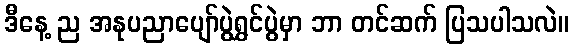
ဒီနေ့ ည အနုပညာပျော်ပွဲရွှင်ပွဲမှာ ဘာ တင်ဆက် ပြသပါသလဲ။